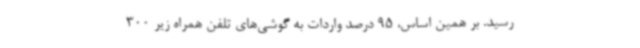
رسید. بر همین اساس، 95 درصد واردات به گوشی‌های تلفن‌ همراه زیر 300